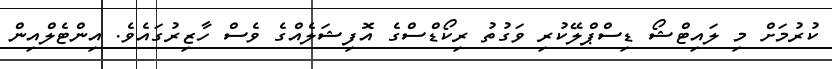
ކުރުމަށް މި ލައިޓްޝޯ ޑިސްޕްލޭކުރި ވަގުތު ރިކޯޑްސްގެ އޮފިޝަލެއްގެ ވެސް ހާޒިރުގައެވެ. އިންޓެލްއިން